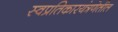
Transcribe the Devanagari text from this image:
स्वप्रतिकारयंत्रणेतील